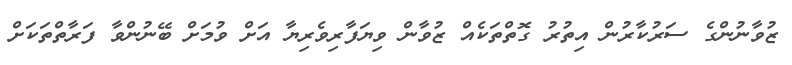
ޒުވާނުންގެ ސަރުކާރުން އިތުރު ގޮތްތަކެއް ޒުވާން ވިޔަފާރިވެރިޔާ އަށް ވުމަށް ބޭނުންވާ ފަރާތްތަކަށް